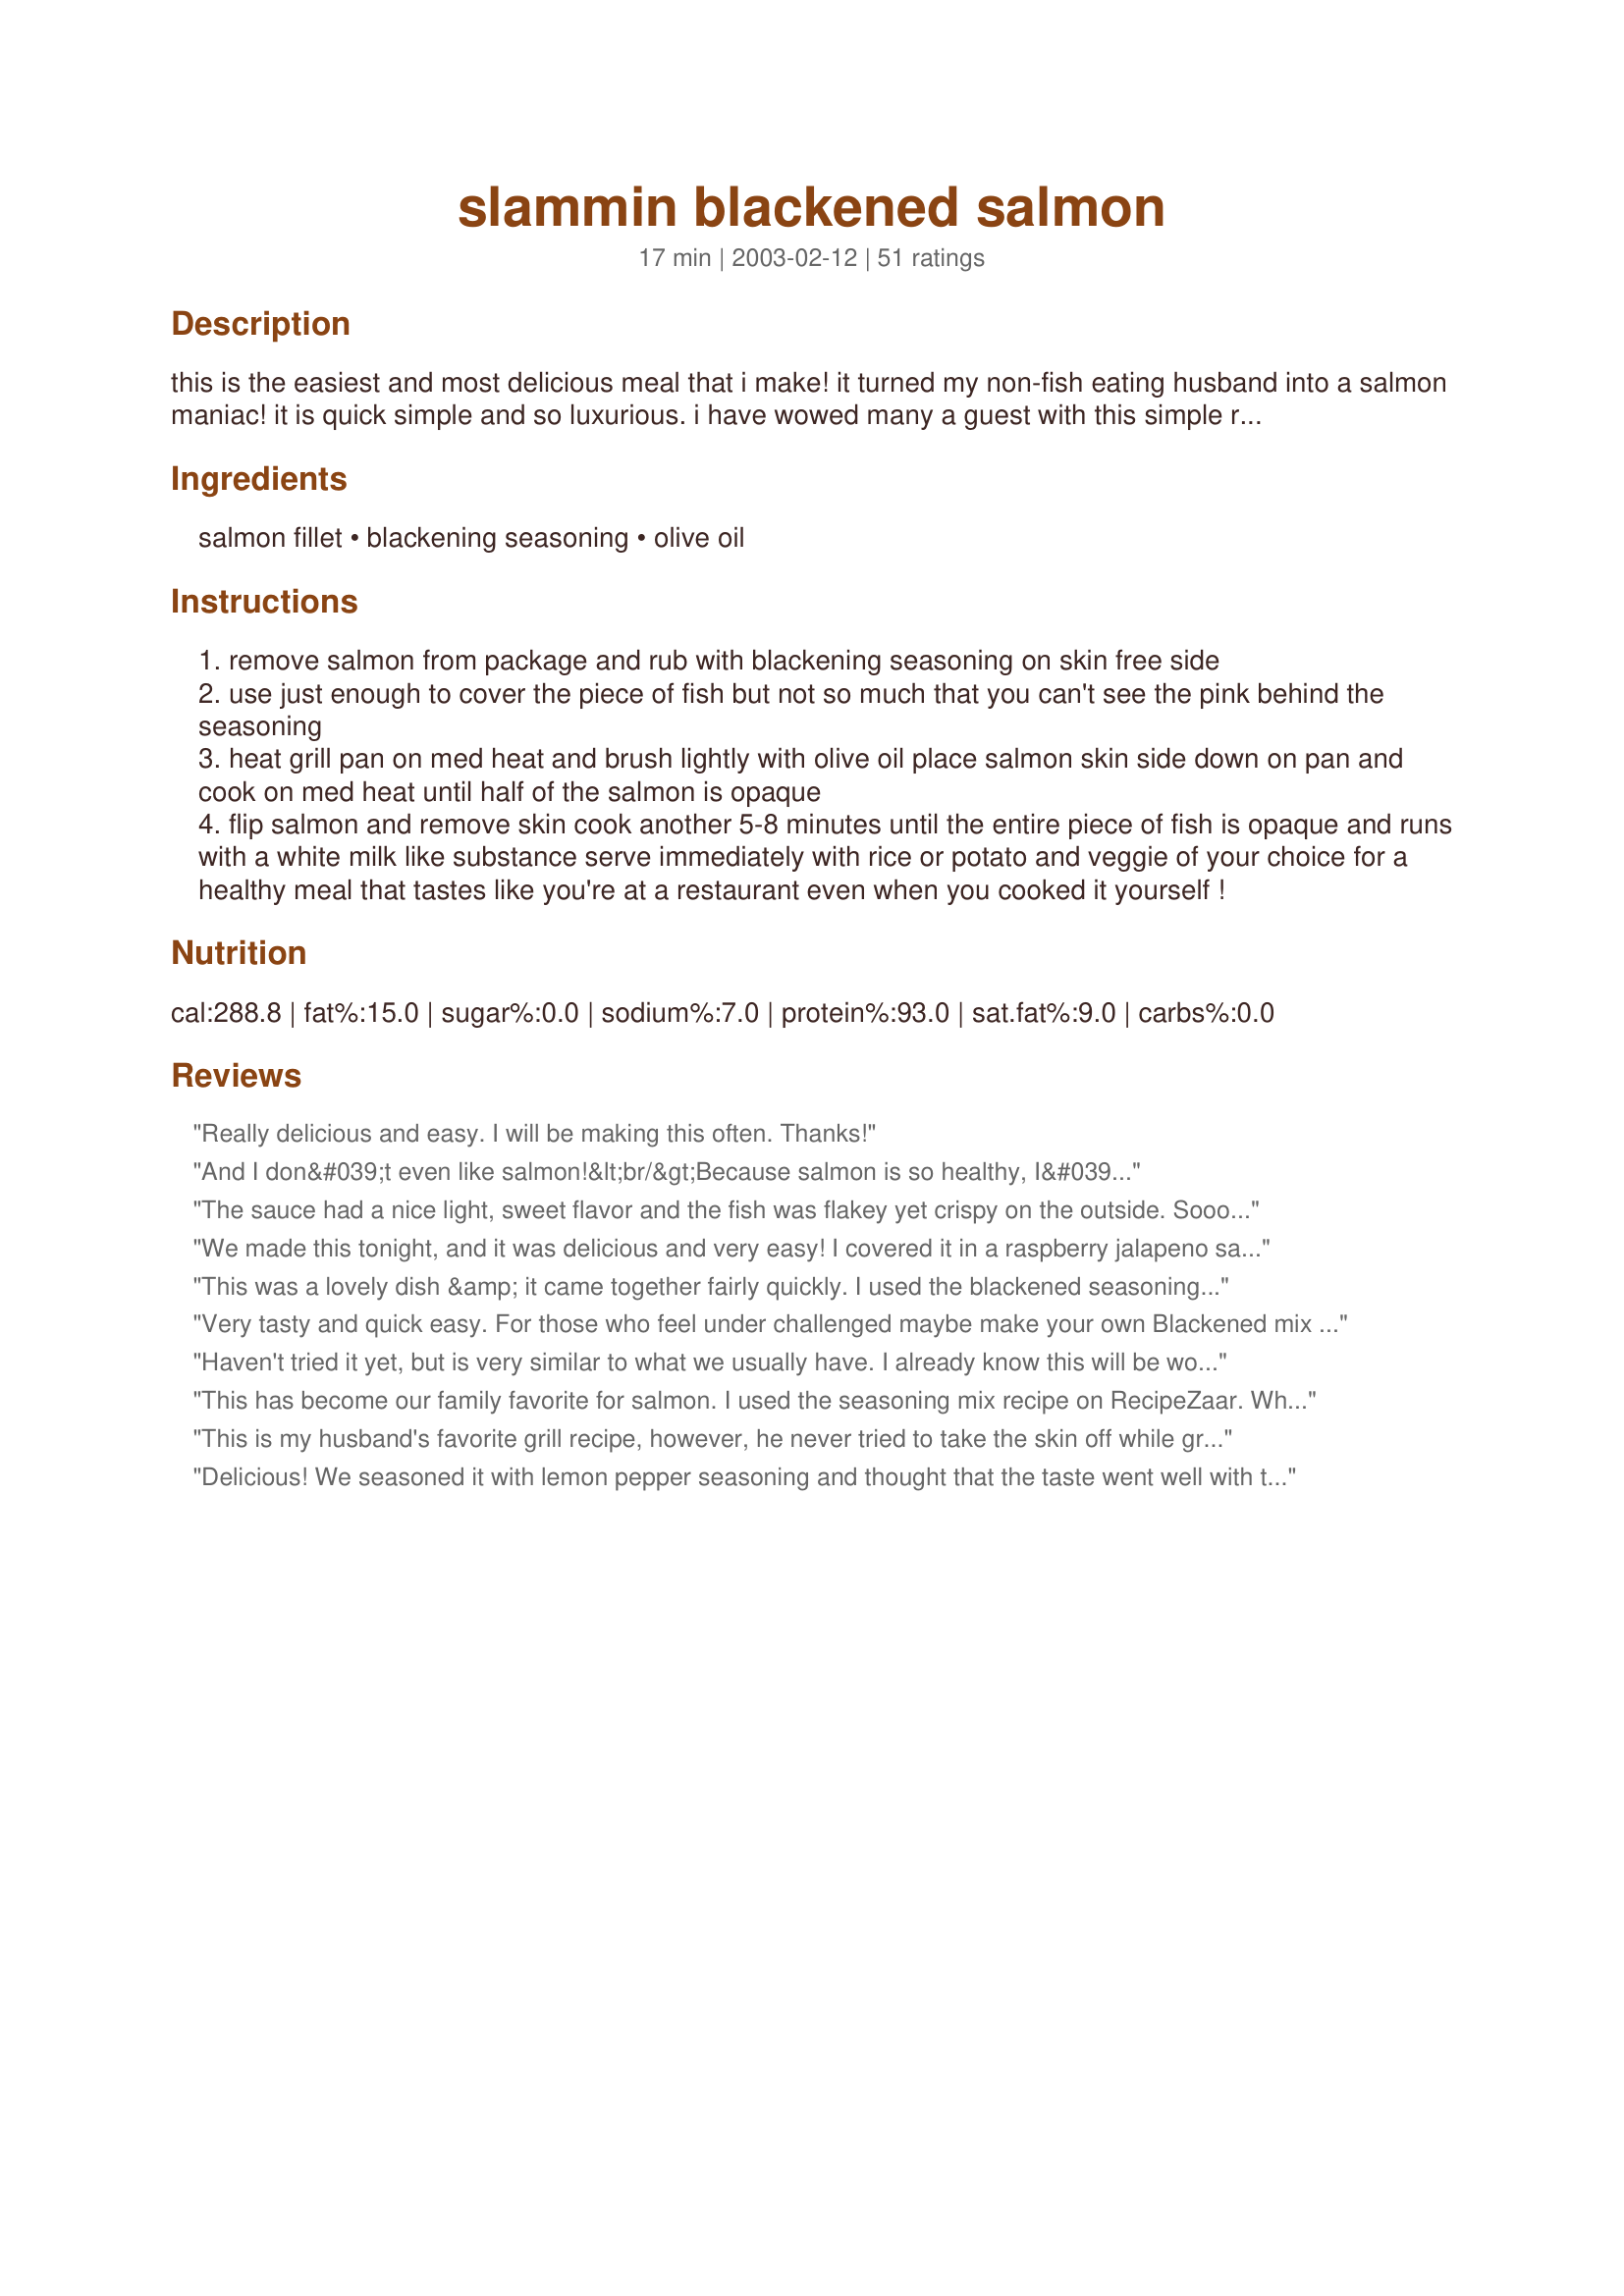
slammin blackened salmon
Preparation time: 17 minutes

this is the easiest and most delicious meal that i make! it turned my non-fish eating husband into a salmon maniac! it is quick simple and so luxurious. i have wowed many a guest with this simple recipe.

Ingredients:
salmon fillet, blackening seasoning, olive oil

Steps:
remove salmon from package and rub with blackening seasoning on skin free side
use just enough to cover the piece of fish but not so much that you can't see the pink behind the seasoning
heat grill pan on med heat and brush lightly with olive oil place salmon skin side down on pan and cook on med heat until half of the salmon is opaque
flip salmon and remove skin cook another 5-8 minutes until the entire piece of fish is opaque and runs with a white milk like substance serve immediately with rice or potato and veggie of your choice for a healthy meal that tastes like you're at a restaurant even when you cooked it yourself !

Reviews:
Really delicious and easy. I will be making this often. Thanks!
And I don&#039;t even like salmon!&lt;br/&gt;Because salmon is so healthy, I&#039;ve been trying to learn to like it, but to no avail. However, this recipe was wonderful! I can&#039;t say that I adore salmon now, but I will be quite happy to eat this frequently. Unfortunately, after I purchased the salmon at the store, and there was no returning it, I found that my grocery store didn&#039;t have blackening seasoning of any kind. When I got home I googled it and found a recipe for blackening seasoning. Amazingly, I even had all the ingredients on hand! So, if you don&#039;t have blackening seasoning, just find it online and enjoy this great recipe!
The sauce had a nice light, sweet flavor and the fish was flakey yet crispy on the outside. Soooo good! I'll be making this again.
We made this tonight, and it was delicious and very easy! I covered it in a raspberry jalapeno sauce, so that affected the taste, but it was delicious--full of flavor and very tender. The meat just flaked right off the bone.
This was a lovely dish &amp; it came together fairly quickly. I used the blackened seasoning recipe from here (http://www.instructables.com/id/blackened-seasoning/) and even my husband liked this. Also, I fed the skins to my cats so there wasn&#039;t any worries about fishy smell from the garbage the next day.
Very tasty and quick easy. For those who feel under challenged maybe make your own Blackened mix and try to improve the base recipe with a little Beurre Blanc under it or whatever works for you. Add a challenging side maybe. I enjoyed it and thank you for the idea.
Haven't tried it yet, but is very similar to what we usually have. I already know this will be wonderful!!
This has become our family favorite for salmon. I used the seasoning mix recipe on RecipeZaar.
What a pleasure, quick and delicious.
This is my husband's favorite grill recipe, however, he never tried to take the skin off while grilling. We like it with ceasar salad and a crunch baguette.
ingrid in tampa
Delicious! We seasoned it with lemon pepper seasoning and thought that the taste went well with the side Caesar salad.
This is a terrific technique! I had not thought of doing salmon in my cast iron. I like it better than the grill. And I LOVED that the skin peeled right off. I'm heading out to Costco to buy frozen salmon that I can keep in my freezer whenever I want salmon. The seasoning is new to me also. So glad to have found this recipe!
My favorite technique but the blackening seasoning is new to us. Terrific and not at all overpowering. I'll be a little more liberal with it next time.
I cannot recommend this recipe highly enough! My fiancÃ© and I have been trying to eat more fish, so I've been making a new recipe every week or two. This was by far the easiest, and definitely the tastiest fish recipe I've ever made! I followed the directions exactly, except I used a large skillet instead of a grill pan. Everything worked great, and the crust on the fish was just incredible. I will definitely be making this again...probably fairly regularly.
Actually made this in the oven under the broiler. Delicious and no smoke! So easy and good I will definitely make again soon.
Everyone loved it!! I didn't expect my kids (3 & 7) to eat it, but they did!!!!! This will be a weekly routine in our house from now on.
This was easy & delicious.
Add me to the five star list, Hil-Billy. This was exceptional--exceptionally easy and exceptionally delicious in a cast iron skillet. THX for posting. Caroline
This is a great recipe. I hated salmon until I tried this recipe. Very easy to make, love it. I make it once a week with my boyfriend. Try it out on anyone you know who is an ardent fish hater!
Best tasting salmon my husband and I have tried. I served this with wild rice and spinach avocado salad. Used more seasoning than recipe called for as we are from Texas and we Love Hot and Spicy! Thanks H.B.
This is a very easy! I used Recipe #183866 (copycat Paul Prudhomme&#039;s) for the seasoning, and we loved it. Served over Caesar salads.
Since I saw this recipe, I have made this at least 15 times. It's perfect. A few times I put the Zattarans blacken rub on both sides with olive oil and put it in oven on 400 until done to my likeness skin side down. No matter which way it's fixed it's good. It's quick to cook you can't even mess it up
I wanted to leave a comment. When I make Salmon, I always make a cucumber dill sauce. Just grind up a medium size cuke, make sure all the liquid is drained off, add sour cream, mayo, and dry dill. I use about 1/2 cup each, but it would depend on how much you need. Whip it all together, add a little pepper, and refrigerate to give the flavors time to meld. This makes the Salmon taste awesome. Thanks for the great recipes.
Unfortunately my Raley's doesn't have Zatteran's so i used Chef Paul Blackened Red Fish. I have made Salmon twice since and now have bought The seasoning for meat. I would never have thought of this.
This tasted really good! However, the olive oil to cook this in is not really needed. Because og the oil my whole house filled up with smoke and the five fire department smoke alarms went off. Needless to say, I will not be cooking this recipe again. At least not at my house. Maybe somewhere that has really good ventilation.
I made this tonight because dh & I are trying to eat more salmon. Dh liked it, but I wasn't to fond of it. My salmon also never turned opaque- perhaps it was the type? Perhaps it was just the brand of seasoning that I didn't like. Dh thought it was really good and flavorful. Thanks for sharing though.
This baby is headed straight to my best-of-the-best file because it is so simple AND company worthy. I did use the Zatterans blackening seasoning as suggested. Wow, the salmon is so very flavorful without being too spicy. Truly a stand out recipe. Thanks for posting!
Fantastic and so easy to make! I used Cajun's Choice Blackened Seasoning which I had in our spice pantry, but I look forward to trying it again with the brand suggested in the recipe as written. I was amazed how perfect the fish turned out and impressed with how little oil is required to cook it to perfection. No sweeteners are necessary either like in so many other recipes that put brown sugar, maple syrup, apple juice or honey in the marinade. This recipe allows the fish to shine on its own accord. Delicious! (I had to smile when the hubby got seconds, too.)<br/><br/>I served this with Gluten Free Quinoa Salad http://www.food.com/recipe/gluten-free-quinoa-salad-449231 (made ahead) for a completely easy home-cooked meal from scratch. The lemony flavor of the quinoa was the perfect complement to the fish. It would also have been great with a side of steamed veggies. Garnish with a slice of lemon for healthy and satisfying = the perfect meal!
Awesome recipe! I've made some bad salmon in the past, but you can't go wrong with this recipe.
Success! Super tasty, just like my favorite restaurant. I used Emeril&#039;s Blackened Seasoning. I had thick steaks, so it took a little longer than I thought it would.
I made this tonight using recipe#181442
This was so good! Served this over a wonderful Caesar Salad. What a great and healthy meal. Thank you for the post, we will definately be making this again.
Wow! Easy and very good. As good as any restaurant can do it. Thanks!
Delicious! So simple too! This is the first recipe that I have tried on this site and I am so glad that I did. I am seriously challenged as a cook. Making this dish has given me courage to try more recipes. My kids really enjoyed it. My picky eater cleaned his plate. Thanks for sharing this recipe. Glory to God, I actually made this :-) !!!
Excuse me, madam, will that be smoking or non-smoking. Non-smoking please. Restaurant quality! (Note: The tip, alone, on how to remove the skin is worthy of 5 stars.)
Excellent! Will make this again and again. Thanks for the recipe.
Fish is always best when grilled, backed or fried. Grilled fish contains more nutritions and favour. However fish skin contains more nutritions and healthy oils, if you really don&#039;t like fish skin and have a pet, do not hesitate to give it to your pet because it contains healthy oils for your pet.
I made this last night for dinner. It was the easiest salmon recipe I have tried yet and it was delicious! I used the Chef Paul's Redfish blackening seasoning. I usually add additional seasoning, but this was enough by itself. No other seasoning was required. However, I added seasoning to both sides of the salmon (after removing the skin) for added flavor. I also covered my pan while the salmon was cooking to ensure the fish cooked throughly and did not dry out. This is a must try!
I'm not usually a salmon fan until I had blackened salmon at a local restaurant. I was hoping I could recreate it and this dish was perfect! Great instructions, especially for somebody who's only experience making fish is putting fish sticks in the oven. I served this over bow tie pasta with mushrooms, green peas, and Sun Dried Tomato Alfredo sauce. This was great!!!
This was really good. Not my favourite way to eat salmon, but my dh really liked it, and he's not a salmon eater. I used recipe #121923 for the blackening seasoning and it worked really well.
This was a very good and easy recipe. I used olive oil and blackened both sides. The skin did come right off so the fish didn't curl up. Thanks for the recipe!
Haven't tried yet, but will this weekend! I love quick and easy recipes....and salmon is a favorite! Thanks so much for sharing! Perfect recipe from start to finish!
I did this with the skin off, best blackened recipe ever!!!!!!
I'd never made salmon before and this was a perfect recipe to get me started! My kids loved it (16 mos and 3) and my husband decided that it should part of our regular meal rotation. You really don't need much olive oil - I took a paper towel and spread a tiny bit on the pan just to prevent sticking. YUMMY! Thanks so much!
Delicious. I found this recipe simple and easy. I&#039;ve never had success with cooking Salmon because I never bothered to research different ways to season &amp; prepare it. Last night I had a piece of salmon someone else prepared and it was WONDERFUL! This recipe matches almost to a tea. It helped me to make a dish that was seasoned well, still moist, and easily prepared on a work day...exactly what I needed. Thanks for the help!
Tadger, why so negative? This sight is for EVERYONE of all degrees of cooking skills &amp; tastes. This was a GREAT spin on salmon, very quick for working folks and a big help to others. Can&#039;t wait for your culinary expert recipies and watch the reviews.
This is not a recipe. This is like saying: &quot;Amazing Cake Recipe!: buy cake mix. follow directions on box.&quot; That is total garbage. Why waste our time?
I loved it! My salmon-hating husband even loved it! The kids thought it was a little spicy, but they generally liked it and didn't complain. Definitely will make this again!
Yum! I love anything blackened and this was delicious. Simple and good. Thanks for sharing this nice keeper. Made for Best of 2013 Tag.
This is my favorite way to cook salmon. I serve it with sweet potato fries.
One of the best salmons ever!!! I used blackening seasoning by Paul Prudhomme, found here on Zaar #183866.
Mmmm...I heated my cast iron grill pan on the outdoor barbeque grill to a smoking hot temp. Using Chef Paul Prudhomme's Blackened Steak Magic (I didn't have the fish version on hand), the salmon was perfect. Loved the crispy, seasoned outside and moist, flaky inside. We served this with steamed asparagus and a tossed salad of baby greens. Mmmm.
Delicious! I finally got around to making this very easy, yet very tasty recipe. I also used Chef Paul's Blackened Seasoning for this. The fish came out so tender and very attractive. My husband added a sprinkling of cayenne to his porton to give it more kick.
